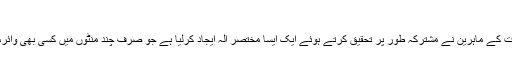
(فوٹو: فائل)
پنسلوانیا: دو مختلف امریکی جامعات کے ماہرین نے مشترکہ طور پر تحقیق کرتے ہوئے ایک ایسا مختصر آلہ ایجاد کرلیا ہے جو صرف چند منٹوں میں کسی بھی وائرس کی درست شناخت کرسکتا ہے۔